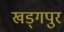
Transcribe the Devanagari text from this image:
खड्‍गपुर